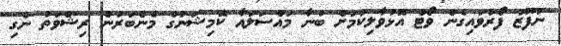
ނުފޫޒު ފޯރުވައިގެން ވޯޓް އޮޅުވާލިކަމަށް ބުނާ މައްސަލައާ ކޮމިޝަނުގެ މެންބަރުން ރިޝްވަތު ނެގި